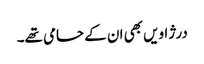
درژاویں بھی ان کے حامی تھے۔